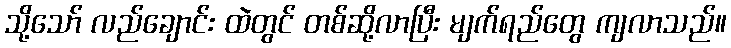
သို့သော် လည်ချောင်း ထဲတွင် တစ်ဆို့လာပြီး မျက်ရည်တွေ ကျလာသည်။